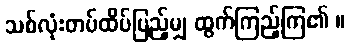
သစ်လုံးတပ်ထိပ်ပြည့်မျှ ထွက်ကြည့်ကြ၏ ။